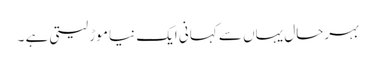
بہرحال یہاں سے کہانی ایک نیا موڑ لیتی ہے ۔